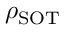
\rho _ { \mathrm { S O T } }